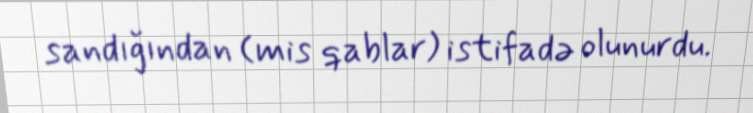
sandığından (mis qablar) istifadə olunurdu.